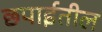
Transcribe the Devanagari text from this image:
छपाईतील